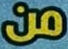
من